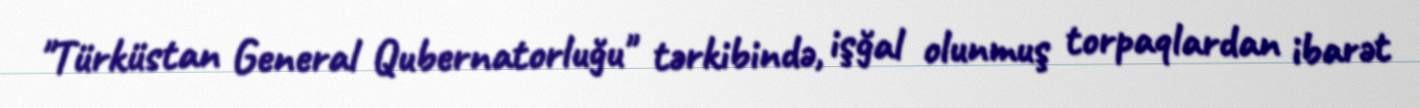
"Türküstan General Qubernatorluğu" tərkibində, işğal olunmuş torpaqlardan ibarət